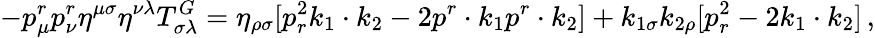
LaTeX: -p_{\mu}^{r}p_{\nu}^{r}\eta^{\mu\sigma}\eta^{\nu\lambda}T_{\sigma\lambda}^{G}=\eta_{\rho\sigma}[p_{r}^{2}k_{1}\cdot k_{2}-2p^{r}\cdot k_{1}p^{r}\cdot k_{2}]+k_{1\sigma}k_{2\rho}[p_{r}^{2}-2k_{1}\cdot k_{2}]\, ,